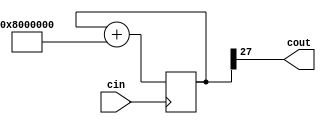

module clock_divider #(
  parameter DIVISOR = 2
)
(
  input wire cin,
  output wire cout
);

localparam FULL_SCALE = 2 ** 28;
localparam [27:0] INCREMENT = $rtoi(FULL_SCALE / DIVISOR);

reg [27:0] counter;

initial begin
  counter = 0;
end

always @(posedge cin)
begin
  counter = counter + INCREMENT;
end

assign cout = counter[27];

endmodule